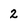
Character: 2